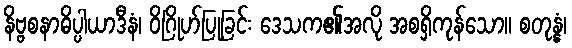
နိဗ္ဗစနာဓိပ္ပါယာဒီနံ၊ ဝိဂြိုဟ်ပြုခြင်း ဒေသက၏အလို အစရှိကုန်သော။ စတုန္နံ၊